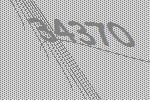
34370